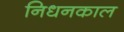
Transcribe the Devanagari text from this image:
निधनकाल